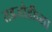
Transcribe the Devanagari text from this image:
तडजोडीच्या